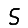
Digit: 5